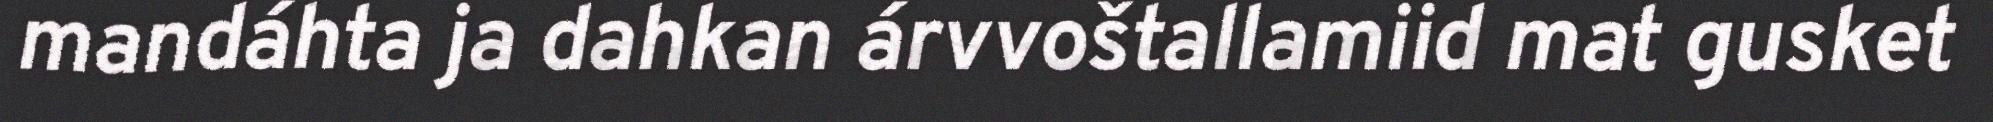
mandáhta ja dahkan árvvoštallamiid mat gusket